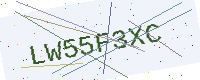
Text: LW55F3XC